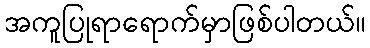
အကူပြုရာရောက်မှာဖြစ်ပါတယ်။